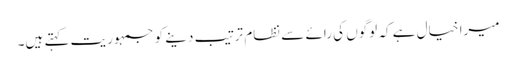
میرا خیال ہے کہ لوگوں کی رائے سے نظام ترتیب دینے کو جمہوریت کہتے ہیں۔